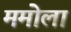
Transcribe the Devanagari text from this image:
ममोला